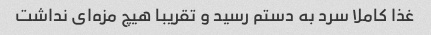
غذا کاملا سرد به دستم رسید و تقریبا هیچ مزه‌ای نداشت